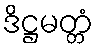
ဒိဋ္ဌမတ္တံ